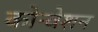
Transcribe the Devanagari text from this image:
कोन्वेशन